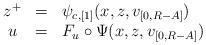
LaTeX: \begin{align*}\begin{array}{ccl}z^{+} & = & \psi_{c,[1]}(x,z,v_{[0,R-A]})\\u & = & F_{u}\circ\Psi(x,z,v_{[0,R-A]})\end{array}\end{align*}